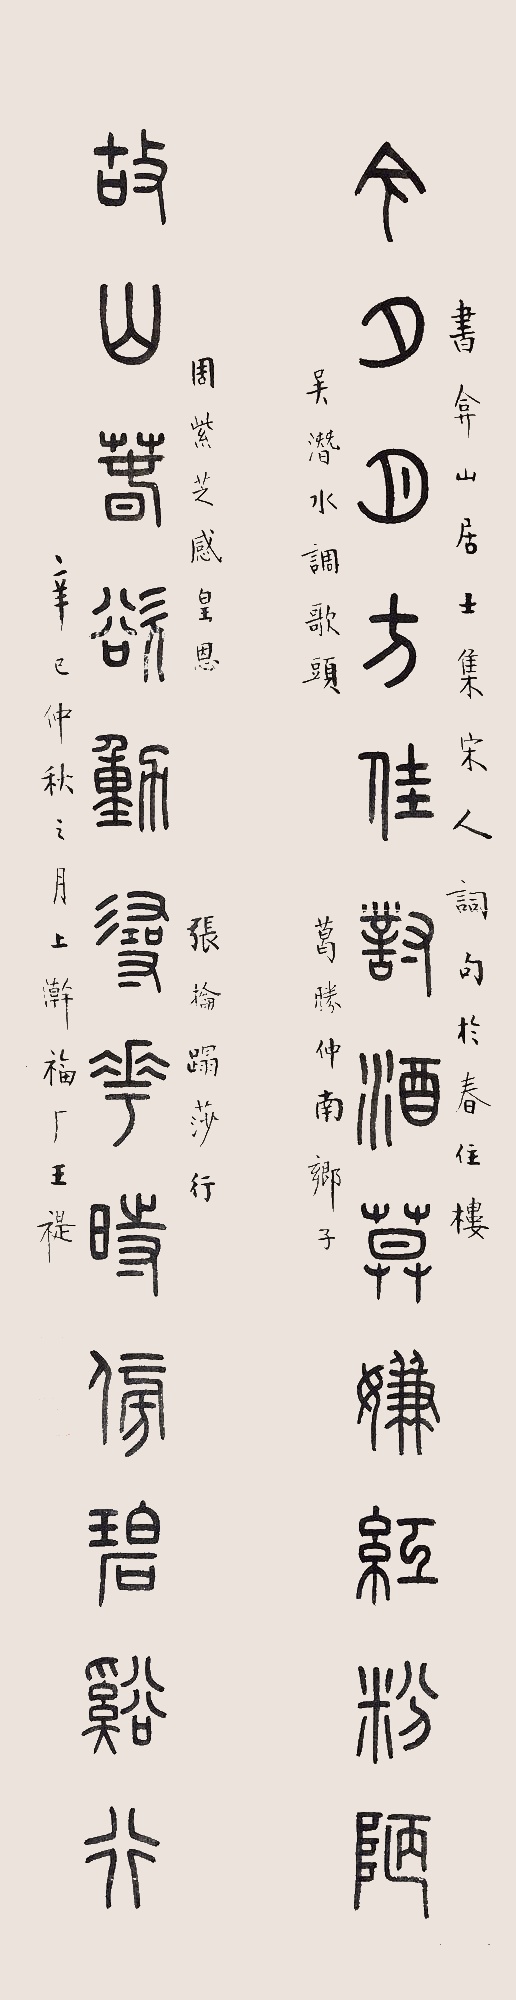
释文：今日月方佳对酒暮嫌红粉陋，故山春欲动浸花时傍碧溪行。书弇山居士集宋人词句于春住楼，吴潜水调歌头葛胜仲南乡子。周紫芝感皇恩张抡塌莎行。辛巳仲秋之月上澣，福厂王禔。